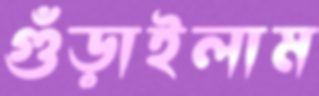
গুঁড়াইলাম